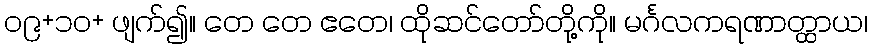
၀၉+၁၀+ ဖျက်၍။ တေ တေ ဧတေ၊ ထိုဆင်တော်တို့ကို။ မင်္ဂလကရဏာတ္ထာယ၊